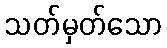
သတ်မှတ်သော